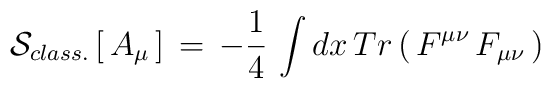
{\cal S}_{class.}\,[\,A_\mu\,]\, =\, - {1\over 4}\,\int dx \, Tr \left(\, F^{\mu\nu}\, F_{\mu\nu}\, \right)